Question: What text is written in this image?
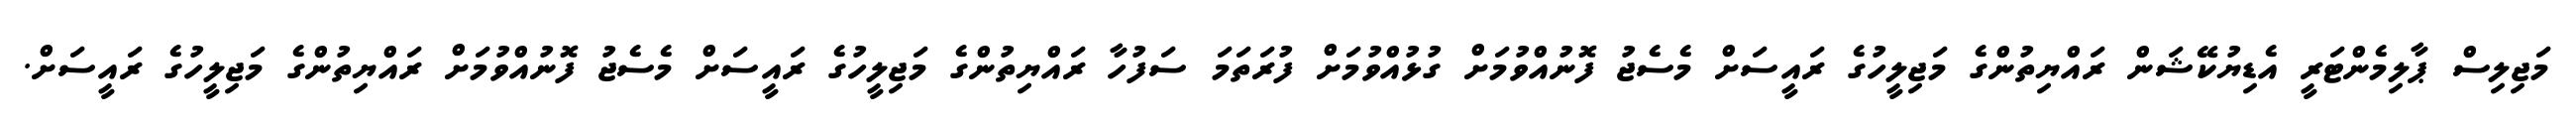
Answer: މަޖިލިސް ޕާލިމެންޓަރީ އެޑިޔުކޭޝަން ރައްޔިތުންގެ މަޖިލީހުގެ ރައީސަށް މެސެޖު ފޮނުއްވުމަށް ގުޅުއްވުމަށް ފުރަތަމަ ސަފުހާ ރައްޔިތުންގެ މަޖިލީހުގެ ރައީސަށް މެސެޖު ފޮނުއްވުމަށް ރައްޔިތުންގެ މަޖިލީހުގެ ރައީސަށް.